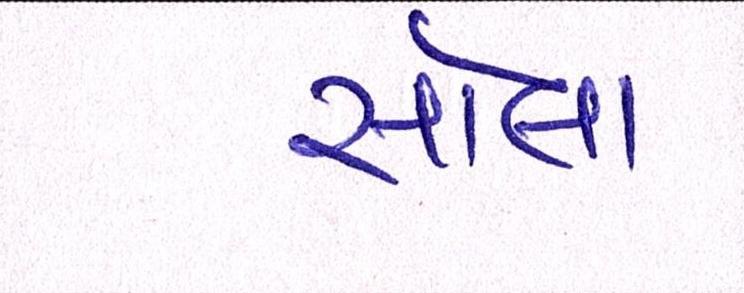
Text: સોલા